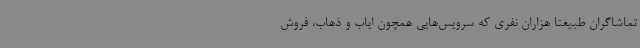
تماشاگران طبیعتا هزاران نفری که سرویس‌هایی همچون ایاب و ذهاب، فروش